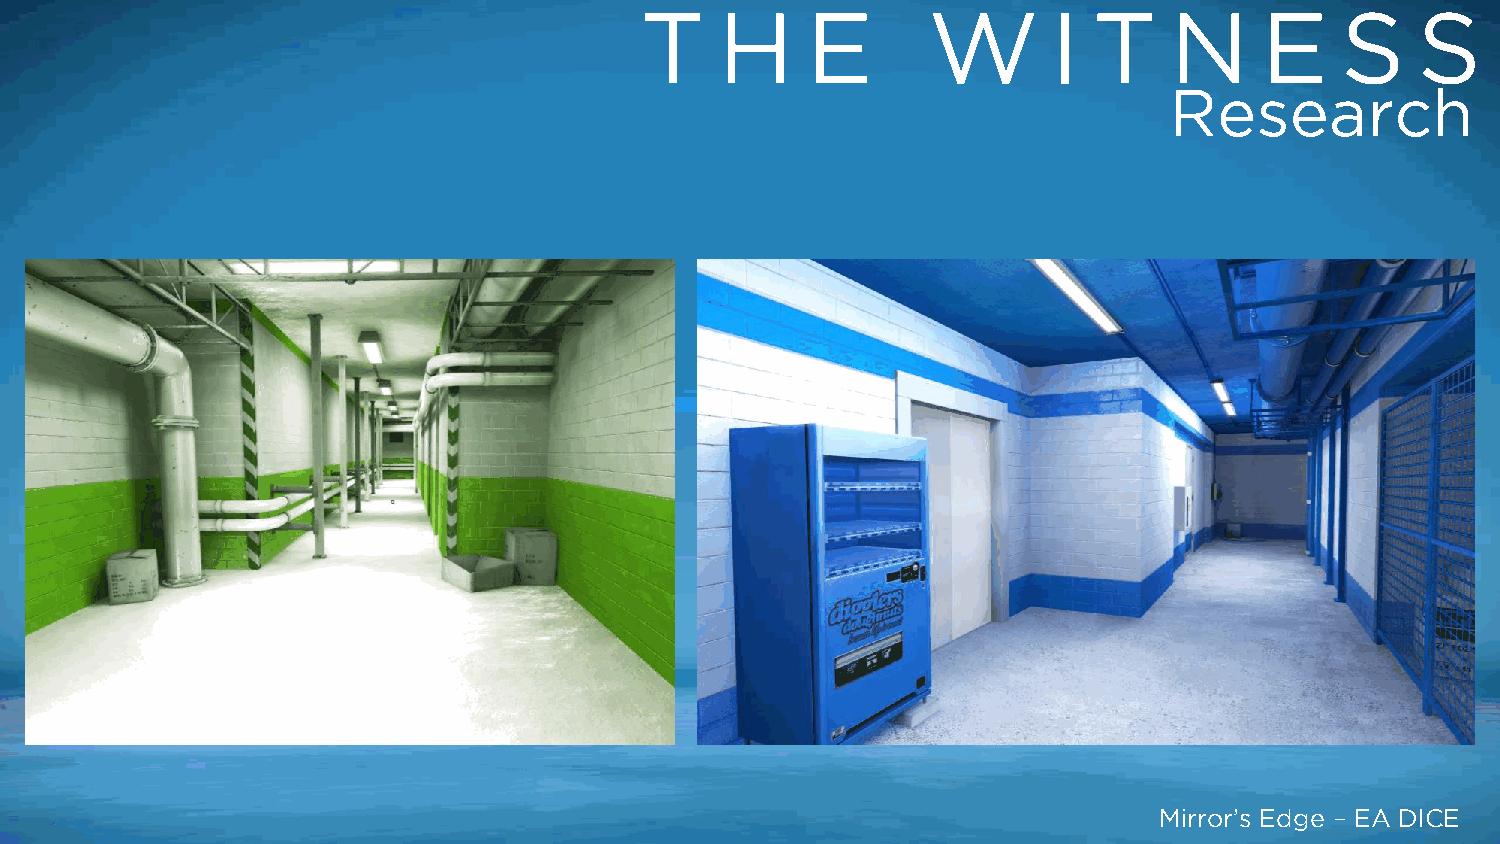
T     H    E       W        I T    N      E    S    S
 Research
 Mirror’s Edge – EA DICE